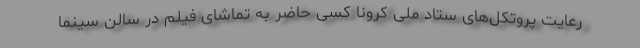
رعایت پروتکل‌های ستاد ملی کرونا کسی حاضر به تماشای فیلم در سالن سینما